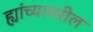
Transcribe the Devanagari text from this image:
ह्यांच्यावरील